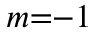
m { = } { - } 1